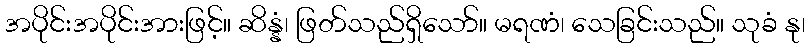
အပိုင်းအပိုင်းအားဖြင့်။ ဆိန္နံ၊ ဖြတ်သည်ရှိသော်။ မရဏံ၊ သေခြင်းသည်။ သုခံ နု၊